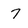
Character: 7